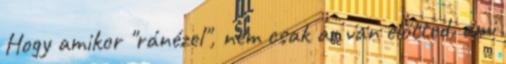
Hogy amikor "ránézel", nem csak az van előtted, ami